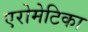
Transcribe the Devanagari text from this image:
एरोमेटिका